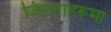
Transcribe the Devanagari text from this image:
जिल्लाहरूमा